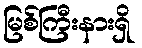
မြစ်ကြီးနားရှိ